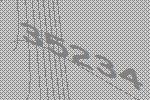
35234